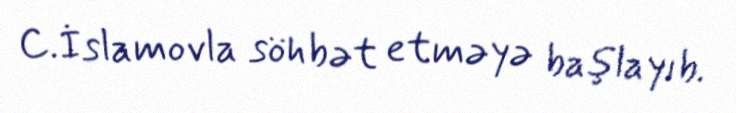
C.İslamovla söhbət etməyə başlayıb.